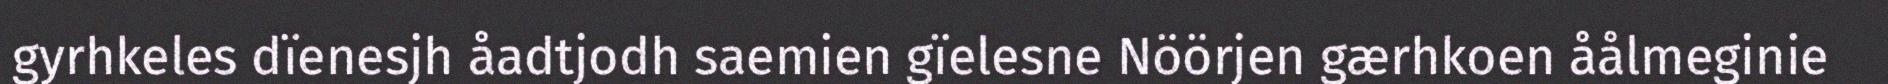
gyrhkeles dïenesjh åadtjodh saemien gïelesne Nöörjen gærhkoen åålmeginie